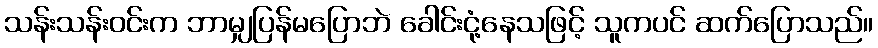
သန်းသန်းဝင်းက ဘာမျှပြန်မပြောဘဲ ခေါင်းငုံ့နေသဖြင့် သူကပင် ဆက်ပြောသည်။